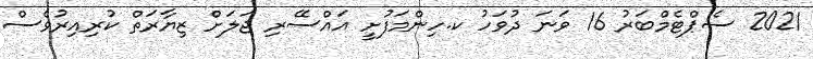
2021 ސެޕްޓެމްބަރު 16 ވަނަ ދުވަހު ކ.ހިންމަފުށީ އައްސޭރި ޖަލަށް ޒިޔާރަތް ކުރިއިރުވެސް